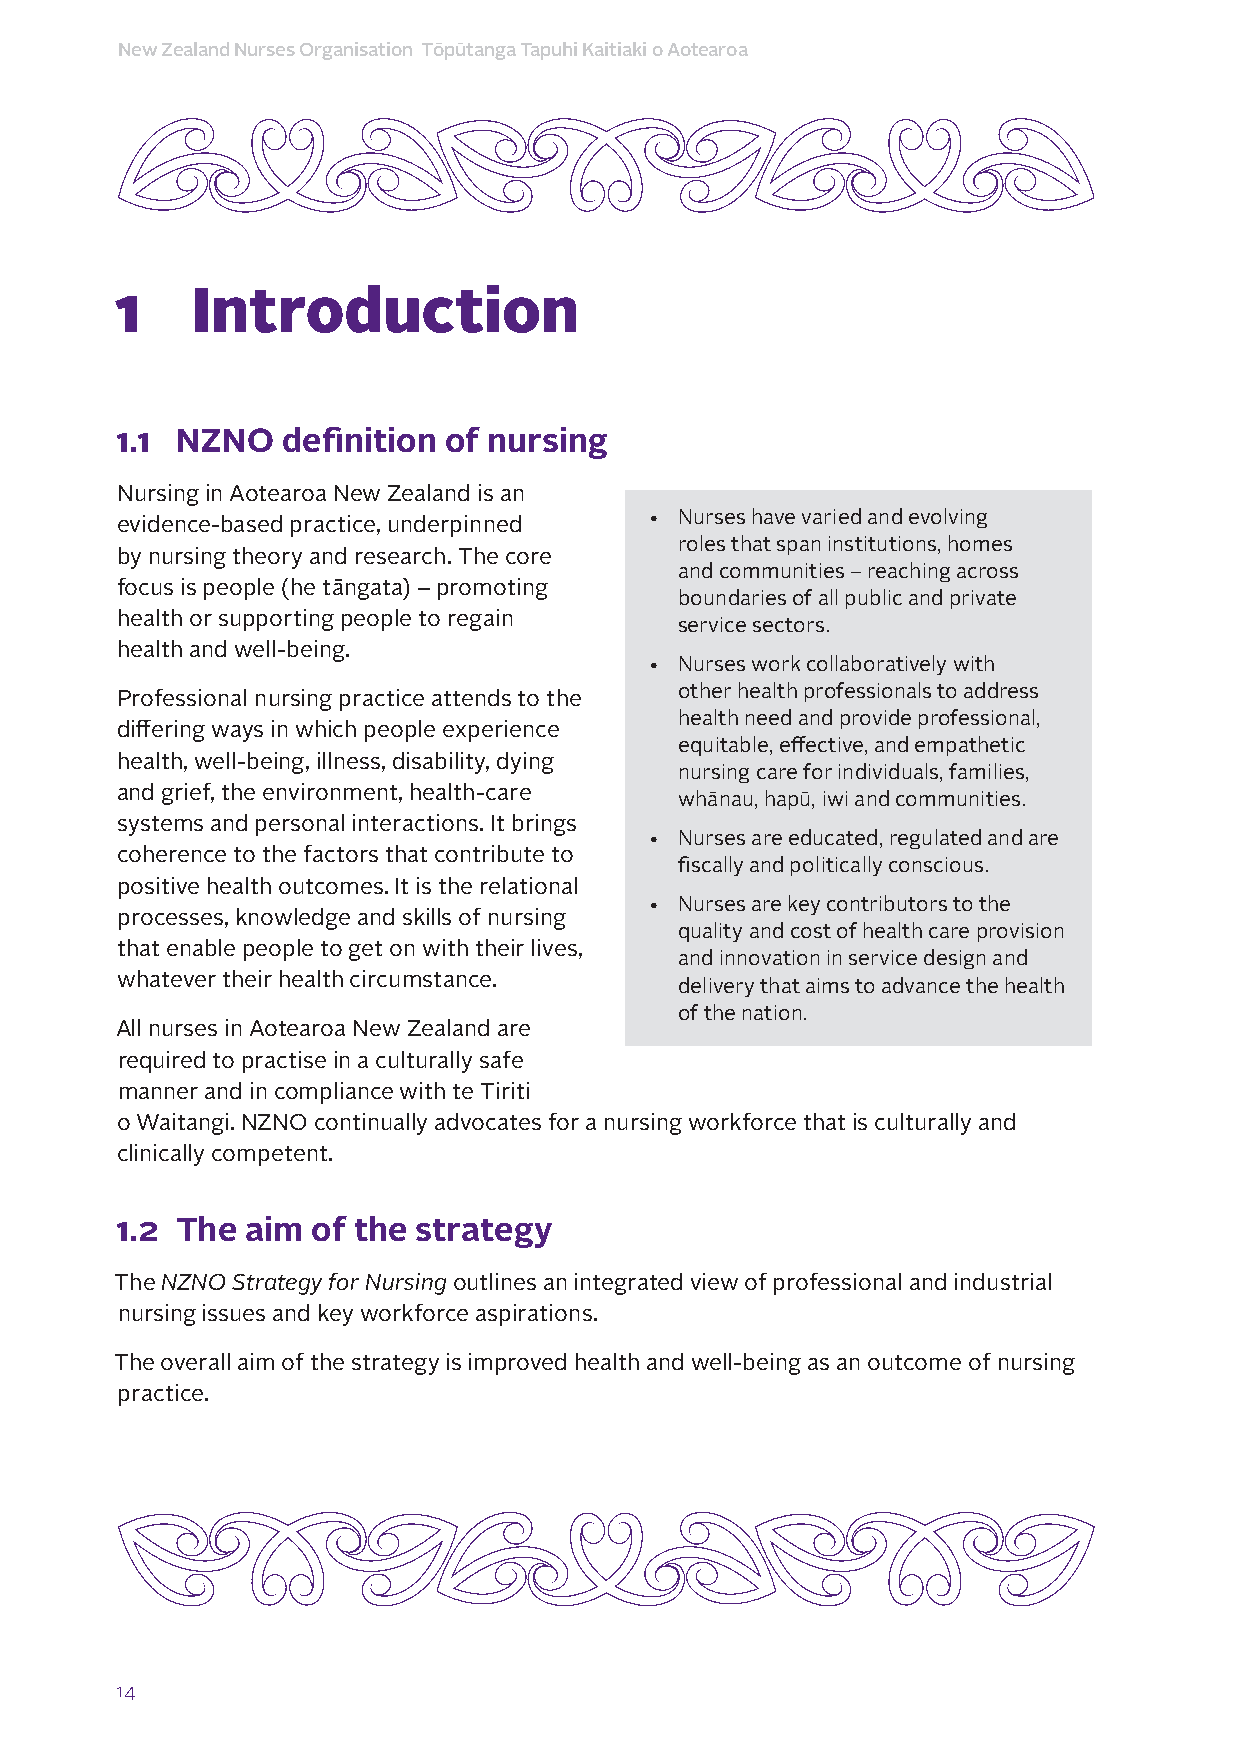
New Zealand Nurses Organisation Tōpūtanga Tapuhi Kaitiaki o Aotearoa
 1    Introduction
 1.1 NZNO   definition of nursing
 Nursing in Aotearoa New Zealand is an
 • Nurses have varied and evolving
 evidence-based practice, underpinned
 roles that span institutions, homes
 by nursing theory and research. The core
 and communities – reaching across
 focus is people (he tāngata) – promoting
 boundaries of all public and private
 health or supporting people to regain
 service sectors.
 health and well-being.
 • Nurses work collaboratively with
 other health professionals to address
 Professional nursing practice attends to the
 health need and provide professional,
 differing ways in which people experience
 equitable, effective, and empathetic
 health, well-being, illness, disability, dying
 nursing care for individuals, families,
 and grief, the environment, health-care
 whānau, hapū, iwi and communities.
 systems and personal interactions. It brings
 • Nurses are educated, regulated and are
 coherence to the factors that contribute to
 fiscally and politically conscious.
 positive health outcomes. It is the relational
 • Nurses are key contributors to the
 processes, knowledge and skills of nursing
 quality and cost of health care provision
 that enable people to get on with their lives,
 and innovation in service design and
 whatever their health circumstance.
 delivery that aims to advance the health
 of the nation.
 All nurses in Aotearoa New Zealand are
 required to practise in a culturally safe
 manner and in compliance with te Tiriti
 o Waitangi. NZNO continually advocates for a nursing workforce that is culturally and
 clinically competent.
 1.2 The aim  of the strategy
 The NZNO Strategy for Nursing outlines an integrated view of professional and industrial
 nursing issues and key workforce aspirations.
 The overall aim of the strategy is improved health and well-being as an outcome of nursing
 practice.
 14